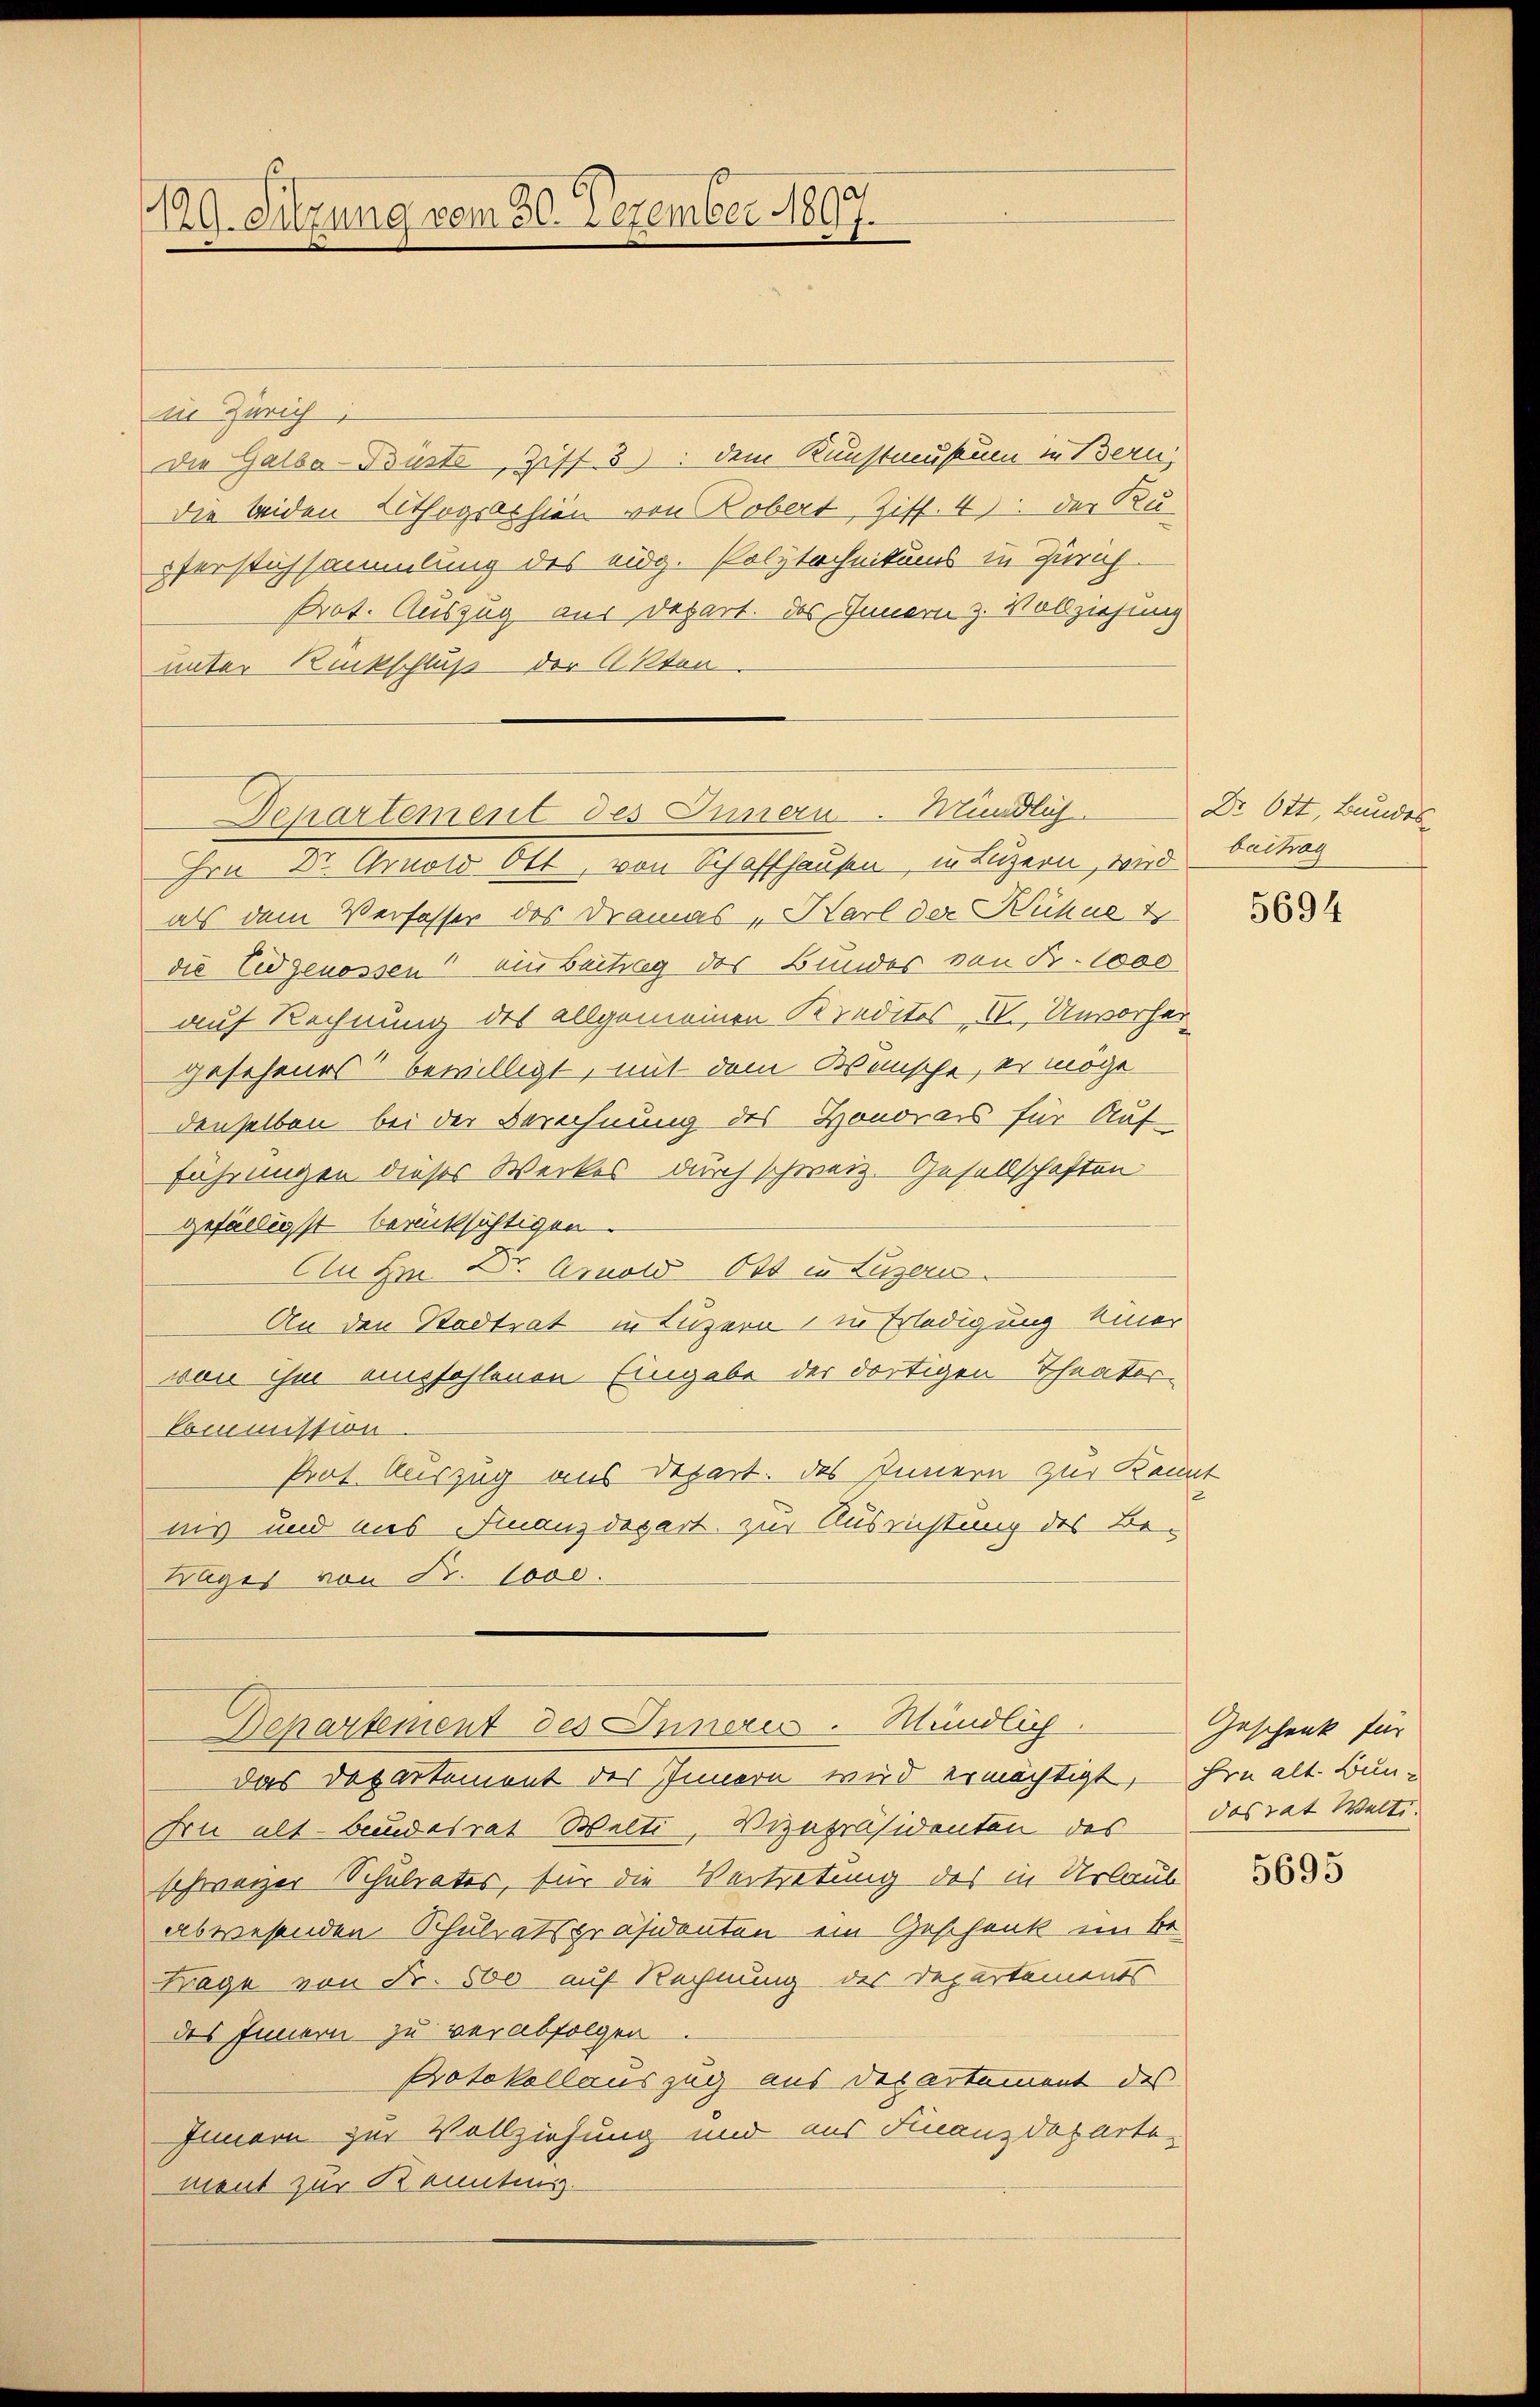
129. Sitzung vom 30. Dezember 1897.

in Zürich;
Die Galba-Brusts, Ziff. 3: dem Kunstmustum in Bern,
die beiden Lithogsochien von Robert, Ziff. 4) der Ku-
verstichsammlung des eidg. Polytechnikums in Zürich
Prot. Auszug aus Depart. Das Innern z. Vollziehung
unter Rückschluß der Akten
Hrn Dr. Arnold Ott, von Schaffhausen in Luzern, wird
als dem Verfasser des Dramas „Karl der Kühne 4
die Eidgenossen ein Beitrag des Bundes von Fr. 1000
auf Rechnung des allgemeinen Kreditos IV., Unvorher
gesehenes bewilligt, mit dem Wünsche, er möge
denselben bei der Berechnung des Honorars für Auf
führungen dieses Werkes durch schweiz. Gesellschaften
gefälligst berücksichtigen.
An Hrn. Dr. Arnold Ott in Luzern.
An den Stadtrat in Luzern, in Erledigung einer
von ihm empfohlenen Eingabe der dortigen Theater-
Commission
Prof. Auszug aus Depart. Das Innern zur Kenn
nis und aus Finanzdepart zur Ausrichtung des Be¬
Bages von Fr. 1000.
Departement des Inneres Mündlich.
das Departement des Innern wird ermächtigt, hin alt. Bun¬
Frn alt Baudesrat Welti, Vizepräsidenten des
schweizer Schulrates, für die Vertretung des in Urlaub
abwesenden Schulratspräsidenten ein Geschenk im Be
Frage von Fr. 500 auf Rechnung des Departements
des Innern zu verabfolgen.
Protokollauszug aus Departement des
Innern zur Vollziehung und aus Finanzdeparte
ment zur Kenntens

Departement des Innern. Mündlich.

Dr. Ott, Bundes
beitrag

5694

Geschenk für
das Tat Welt. |

5695